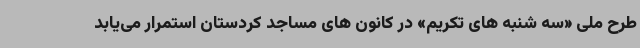
طرح ملی «سه شنبه های تکریم» در کانون های مساجد کردستان استمرار می‌یابد